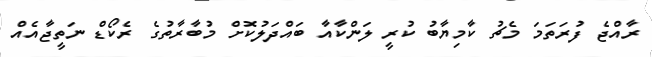
ރާއްޖެ ފުރަތަމަ މެޗު ކާމިޔާބު ކުރީ ލަންކާއާ ބައްދަލުކޮށް މުބާރާތުގެ ރެކޯޑް ނަތީޖާއެއް